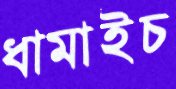
ধামাইচ